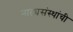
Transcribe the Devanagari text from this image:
नाट्यसंस्थांची